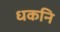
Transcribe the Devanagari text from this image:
धकनि